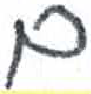
אות: ם